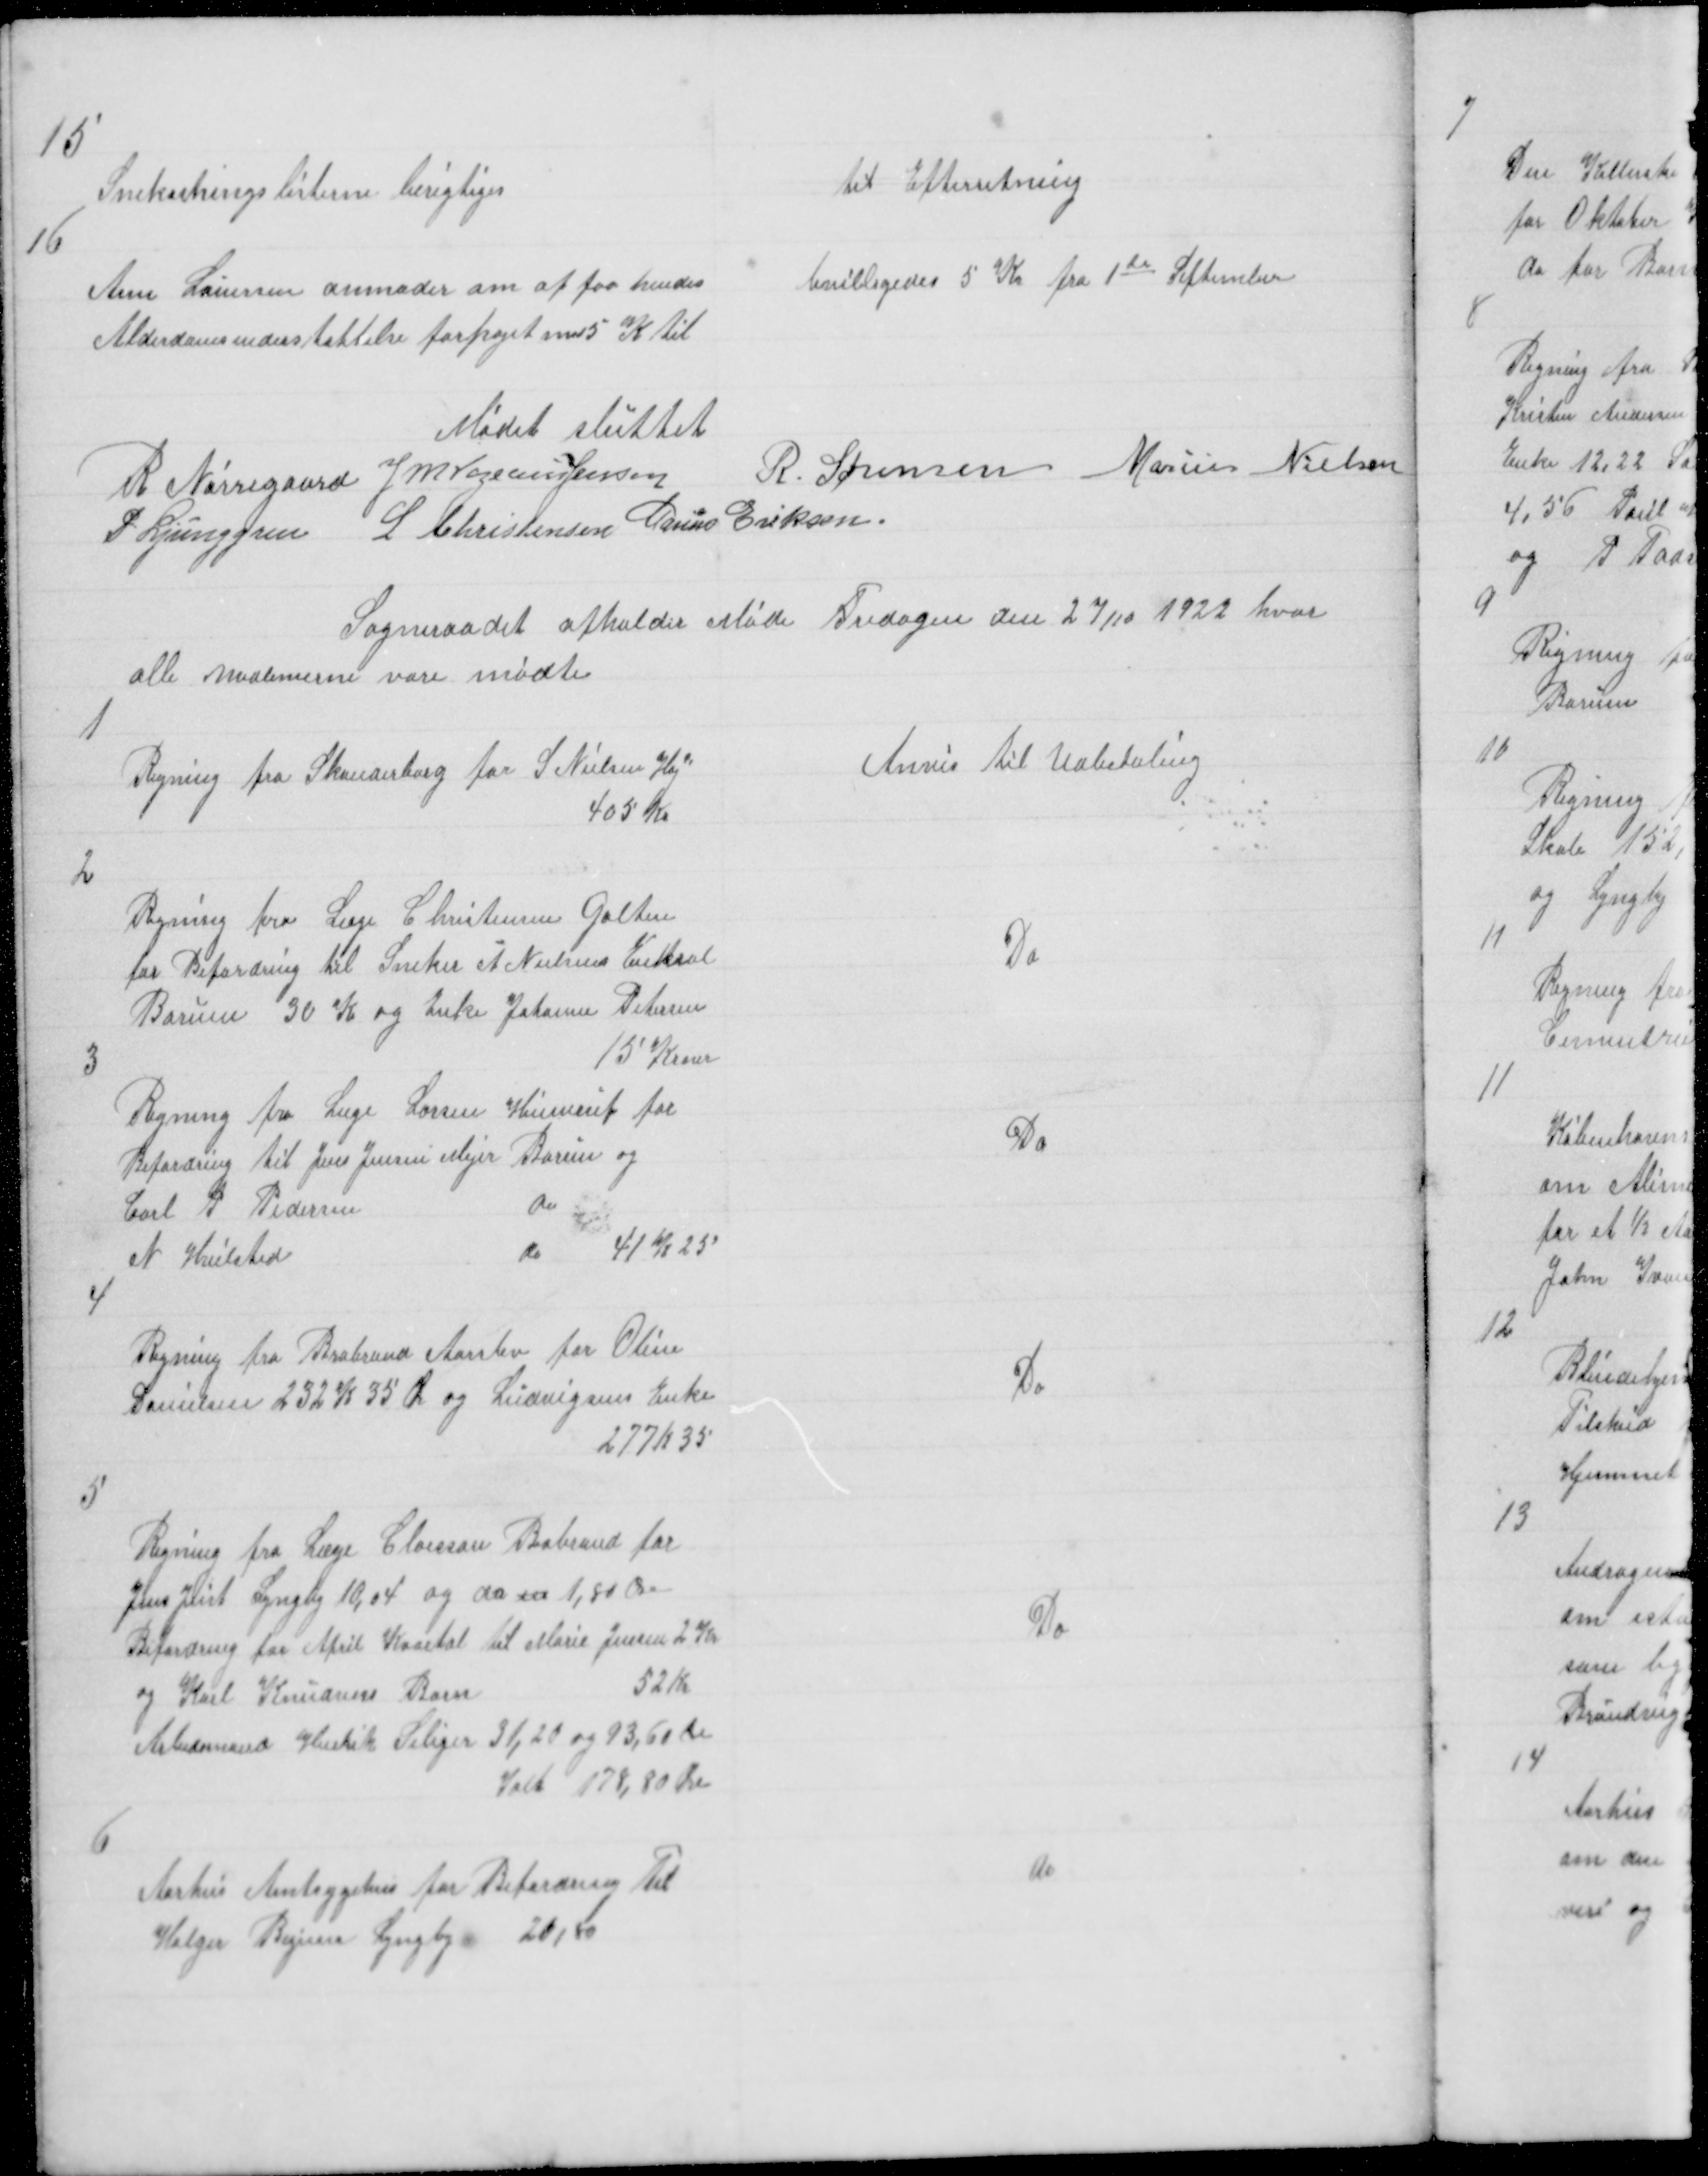
Transskription:
15

Snekastningslisterne berigtiges

til Efterretning

16

bevilligedes 5 Kr fra 1te September

Anne Lauersen anmoder om at faa hendes
Alderdomsunderstøttelse forhøjet med5 kr til

Mødet sluttet
R Nørregaard J M Vogelius Jensen
R. Sørensen Marius Nielsen
P Ljunggren L Christensen Marius Eriksen

Sogneraadet afholder Møde Fredagen den 27/10 1922 hvor
alle medlemerne vare mødte

1

Anvis til Udbetaling

Regning fra Skanderborg for S Nielsen Høj
405 Kr

2

Regning fra Læge Christensen Galten
for Befordring til Sneker A Nielsens Enekarl
Borum 30 Kr og Enke Johanne Petersen
15 Krner

Do

3

Regning fra Læge Larsen Hinnerup for
Befordring til Jens Jensen Mejer Borum og
Carl P Pedersen
do
N Hvilsted
do 41 K 25

Do

4

Regning fra Brabrand Aarslev for Oline
Danielsen 232 K35 Ø og Ludvigsens Enke
277 K 35

Do

5

Regning fra Læge Claesson Brabrand for
Jens Just Lyngby 10,04 og do en 1,80 Øre
Befordring for April Kvartal til Marie Jensen 2 Kr 
og Karl Knudsens Barn
52 Kr
Arbedsmand Henrik Seliger 31,20 og 93,60 Øre
Ialt 178,80 Øre

Do

6

do

Aarhus Amtsygehus for Befordring Til
Holger Bigum Lyngby 20,80